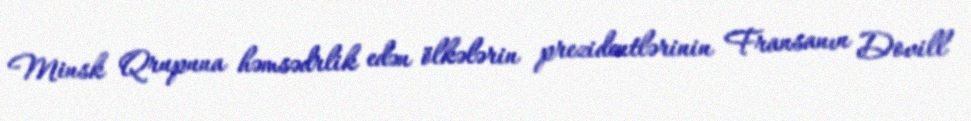
Minsk Qrupuna həmsədrlik edən ölkələrin prezidentlərinin Fransanın Dovill